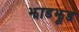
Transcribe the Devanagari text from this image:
झाडझूड